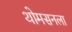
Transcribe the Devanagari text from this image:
थोमसनला